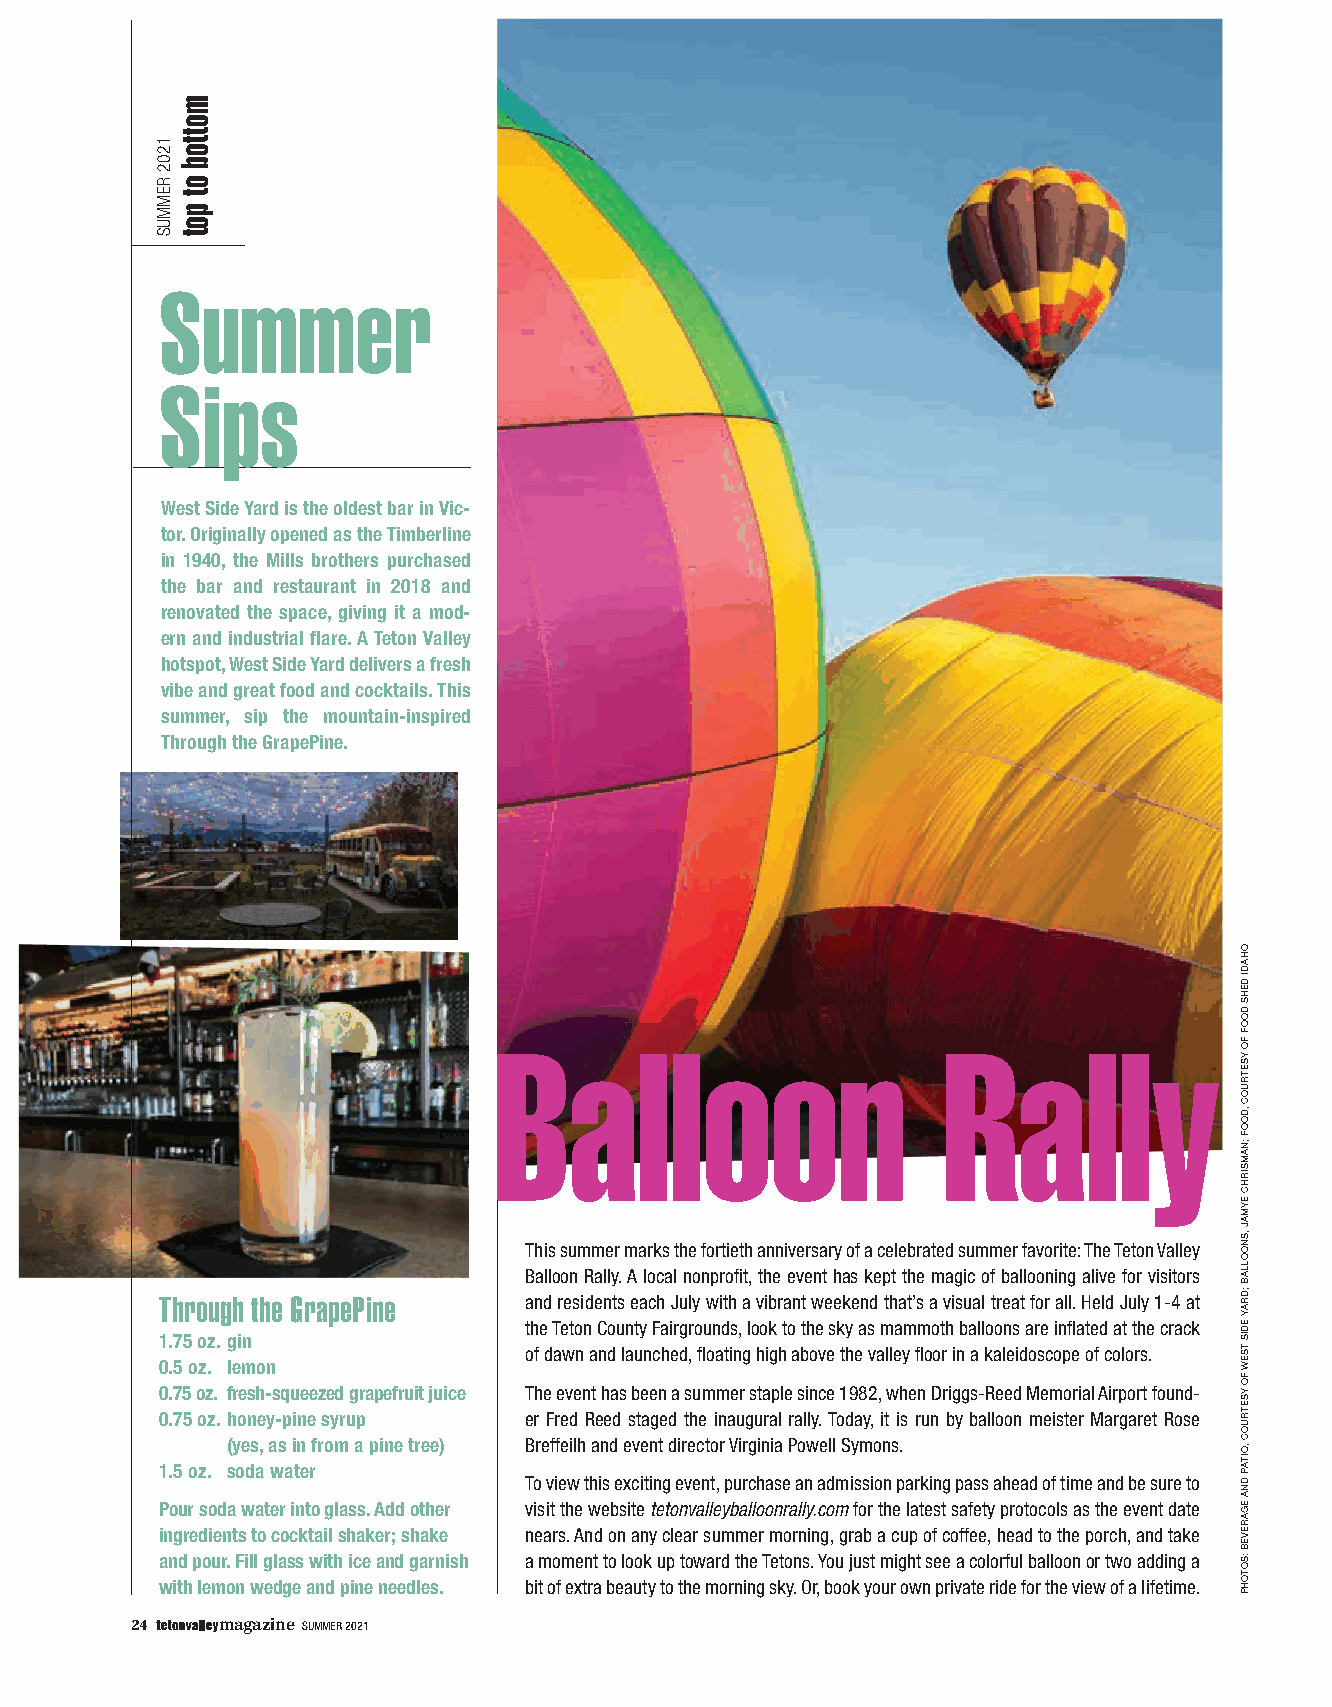
Summer
 Sips
 West Side Yard is the oldest bar in Vic-
 tor. Originally opened as the Timberline
 in 1940, the Mills brothers purchased
 the bar and restaurant in 2018 and
 renovated the space, giving it a mod-
 ern and industrial flare. A Teton Valley
 hotspot, West Side Yard delivers a fresh
 vibe and great food and cocktails. This
 summer, sip the mountain-inspired
 Through the GrapePine.
 Balloon                      Rally
 This summer marks the fortieth anniversary of a celebrated summer favorite: The Teton Valley
 Balloon Rally. A local nonprofit, the event has kept the magic of ballooning alive for visitors
 Through the GrapePine   and residents each July with a vibrant weekend that’s a visual treat for all. Held July 1-4 at
 the Teton County Fairgrounds, look to the sky as mammoth balloons are inflated at the crack
 1.75 oz. gin
 of dawn and launched, floating high above the valley floor in a kaleidoscope of colors.
 0.5 oz. lemon
 0.75 oz. fresh-squeezed grapefruit juice The event has been a summer staple since 1982, when Driggs-Reed Memorial Airport found-
 0.75 oz. honey-pine syrup er Fred Reed staged the inaugural rally. Today, it is run by balloon meister Margaret Rose
 (yes, as in from a pine tree) Breffeilh and event director Virginia Powell Symons.
 1.5 oz. soda water
 To view this exciting event, purchase an admission parking pass ahead of time and be sure to
 Pour soda water into glass. Add other visit the website tetonvalleyballoonrally.com for the latest safety protocols as the event date
 ingredients to cocktail shaker; shake nears. And on any clear summer morning, grab a cup of coffee, head to the porch, and take
 and pour. Fill glass with ice and garnish a moment to look up toward the Tetons. You just might see a colorful balloon or two adding a
 with lemon wedge and pine needles. bit of extra beauty to the morning sky. Or, book your own private ride for the view of a lifetime.
 24    magazine SUMMER 2021
 1202
 REMMUS
 mottob
 ot
 pot
 OHADI
 DEHS
 DOOF
 FO
 YSETRUOC
 ,DOOF
 ;NAMSIRHC
 EYMAJ
 ,SNOOLLAB
 ;DRAY
 EDIS
 TSEW
 FO
 YSETRUOC
 ,OITAP
 DNA
 EGAREVEB
 :SOTOHP